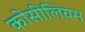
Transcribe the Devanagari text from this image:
कोसीलियम